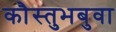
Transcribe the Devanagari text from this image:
कौस्तुभबुवा